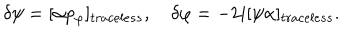
LaTeX: \delta \psi = [ \alpha p _ { \varphi } ] _ { t r a c e l e s s } , \quad \delta \varphi = - 2 i [ \psi \alpha ] _ { t r a c e l e s s } .